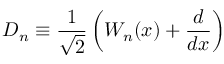
D _ { n } \equiv \frac { 1 } { \sqrt { 2 } } \left( W _ { n } ( x ) + \frac { d } { d x } \right)